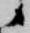
候